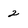
Character: 2